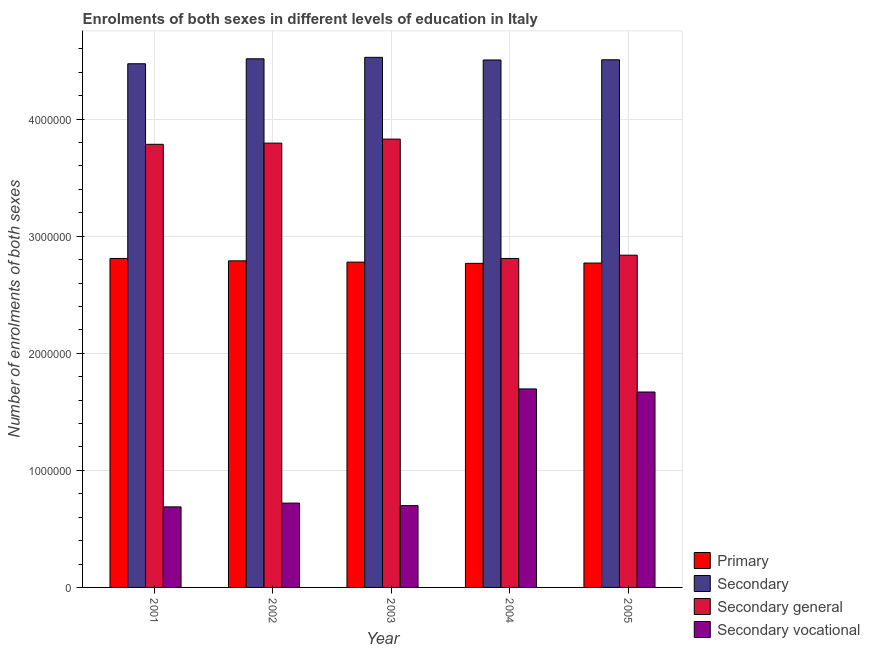
| Year | Primary | Secondary | Secondary general | Secondary vocational |
 | --- | --- | --- | --- | --- |
 | 2001 | 2.81e+06 | 4.47e+06 | 3.79e+06 | 6.88e+05 |
 | 2002 | 2.79e+06 | 4.52e+06 | 3.8e+06 | 7.2e+05 |
 | 2003 | 2.78e+06 | 4.53e+06 | 3.83e+06 | 6.99e+05 |
 | 2004 | 2.77e+06 | 4.51e+06 | 2.81e+06 | 1.7e+06 |
 | 2005 | 2.77e+06 | 4.51e+06 | 2.84e+06 | 1.67e+06 |